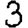
Digit: 3